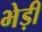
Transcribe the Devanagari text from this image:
भेड़ी